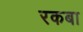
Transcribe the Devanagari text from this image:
रकबा